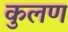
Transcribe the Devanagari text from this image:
कुलण